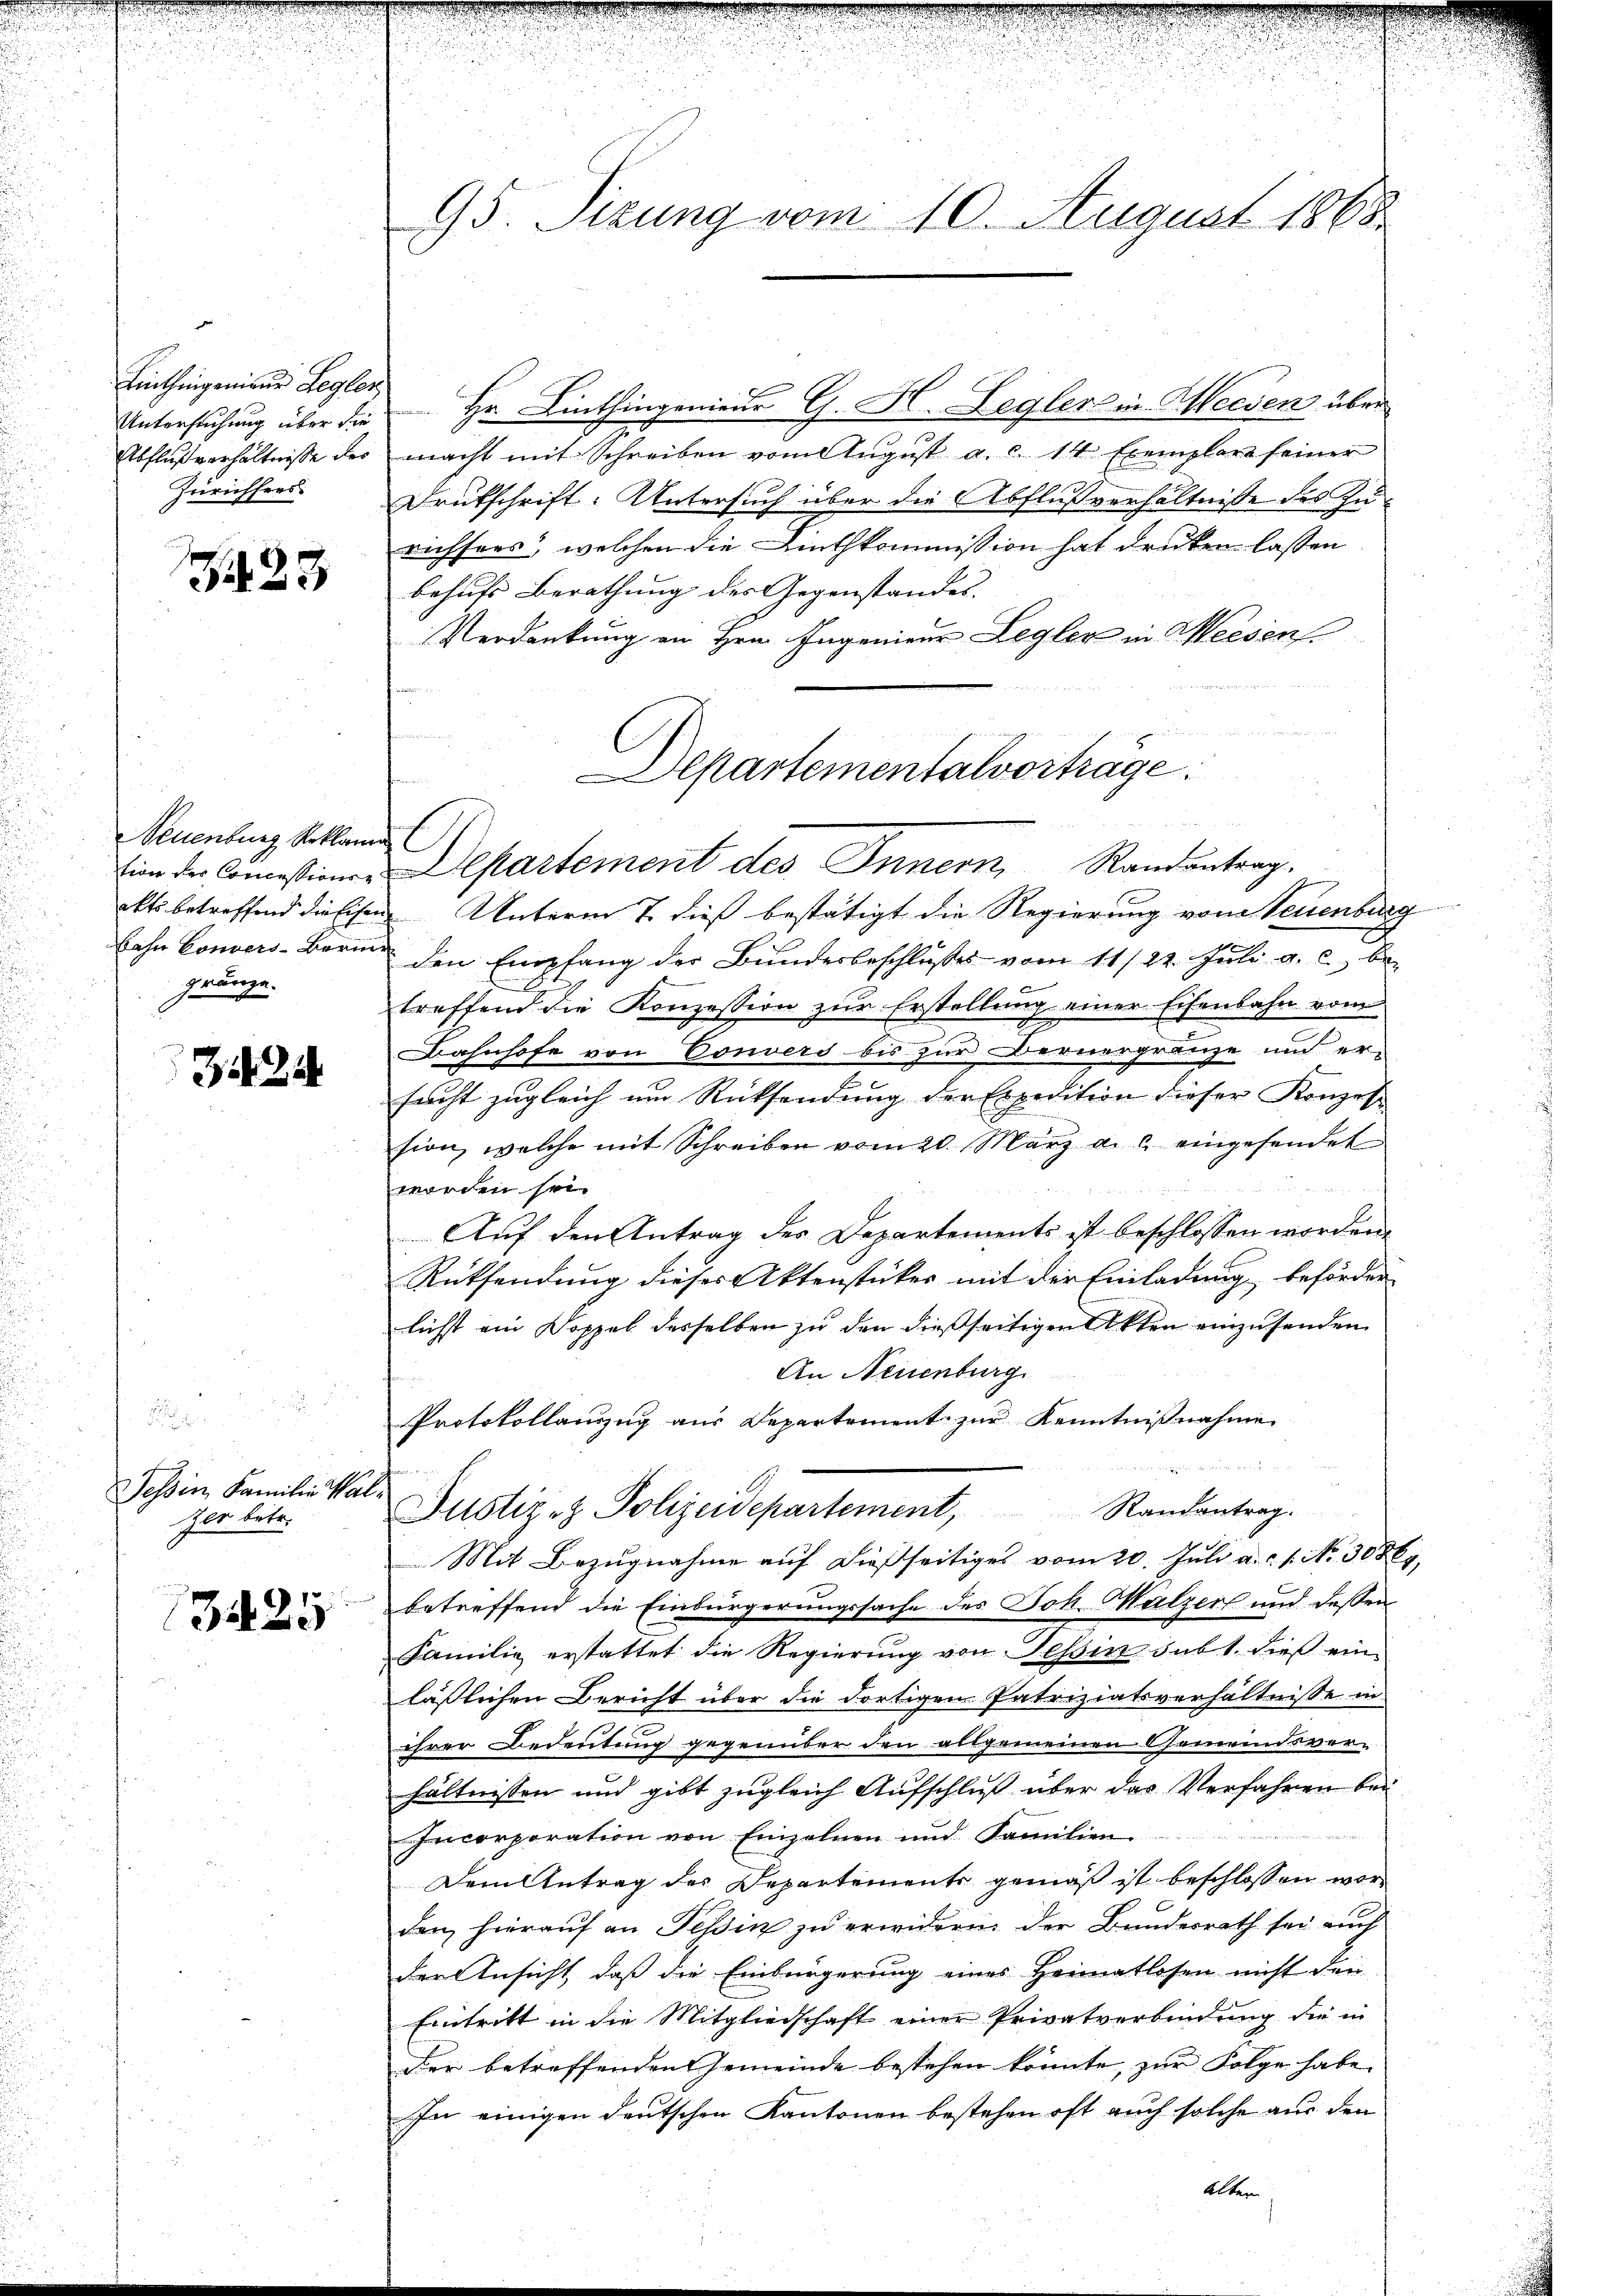
Linthingenieur Legler,
Abflußverhältnisse des
Zürichters

7423

Neuenburg Reklam
gränze.

22

Tessin, Familien Walzer betr.

34. 25

95. Sizung vom 10. August 1865.

Untersuchung über die Hr. Linthingenieur G. H. Leglerin Meiden über
macht mit Schreiben vom August a. d. 14 Exemplare seiner
Drutschrift-Untersuch über die Abflußverhältnisse des Zurichtens, welchen die Linthkommission hat drucken lassen
behufs Berathung des Gegenstandes
Verdankung an Hrn. Ingenieur Legler in Meesen
akts betreffend die Eisen Unterm 7. dieß bestätigt die Regierung vom Neuenburg
bahr Convers-Bern den Empfang der Bŭndesbeschlŭsses vom 11/22. Jŭli a. c. be-
treffend die Konzession zŭr Erstellung einer Eisenbahn vom
Bahnhofe von Convers bis zur Bernergränze und ersacht zugleich um Rücksendung der Expedition dieser Konzes
sion, welche mit Schreiben vom 20. März a.c. eingesendet

worden sei.
Aŭf den Antrag des Departements ist beschlossen worden.
Rücksendung dieser Aktenstücker mit der Einladung beförder
lichst ein Doppel desselben zu den dießseitigen Akten einzusenden
An Neuenburg
Protokollauszug aus Departement zur Kenntnißnahme
Justiz- & Polizeidepartement, Randantrag.
Mit Bezugnahme auf dießseitiges vom 20. Juli a.c. s. No. 3086.
betreffend die Einbürgerungssache des Joh. Malzer und dessen
Familie erstattet die Regierung von Tessin sub 1. dieß einlässlichen Bericht über die dortigen Patriziatsverhältnisse in
ihrer Bedeutung gegenüber den ausgemeinen Gemeindsverhältnissen und gibt zugleich Aufschluß über das Verfahren bei
Incorporation von Einzelnen und Familien.
Dem Antrag des Departements gemäß ist beschlossen worden hierauf an Tessin zu erwidern der Bundesrath sei auch
der Ansicht, daß die Einbürgerung eines Heimatlosen nicht den
Eintritt in die Mitgliedschaft einer Privatverbindung die in
der betreffenden Gemeinde bestehen könnte, zur Folge habe
In einigen deutschen Kantonen bestehen oft auch solche aus den
Alter

Departementalvorträge
tion der Commissionen Departement des Innern, Randantrag.